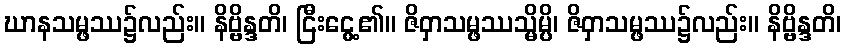
ဃာနသမ္ဖဿ၌လည်း။ နိဗ္ဗိန္ဒတိ၊ ငြီးငွေ့၏။ ဇိဝှာသမ္ဖဿသ္မိမ္ပိ၊ ဇိဝှာသမ္ဖဿ၌လည်း။ နိဗ္ဗိန္ဒတိ၊